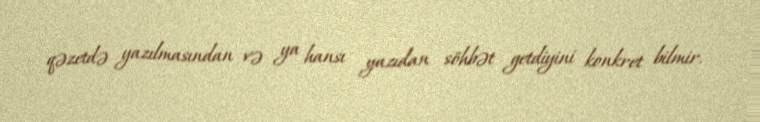
qəzetdə yazılmasından və ya hansı yazıdan söhbət getdiyini konkret bilmir.